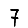
Digit: 7